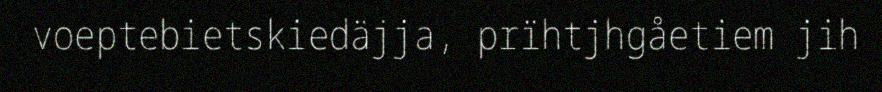
voeptebietskiedäjja, prïhtjhgåetiem jih